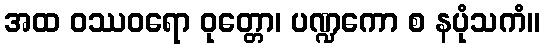
အထ ဝဿဝရော ဝုတ္တော၊ ပဏ္ဍကော စ နပုံသကံ။